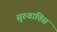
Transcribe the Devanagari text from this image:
सुरुवातिस